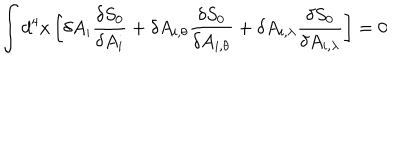
LaTeX: \int d ^ { 4 } x \left[ \delta A _ { i } \frac { \delta S _ { 0 } } { \delta A _ { i } } + \delta A _ { i , \theta } \frac { \delta S _ { 0 } } { \delta A _ { i , \theta } } + \delta A _ { i , \lambda } \frac { \delta S _ { 0 } } { \delta A _ { i , \lambda } } \right] = 0